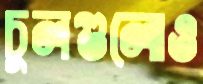
চুলগুলোও